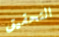
التحقيق